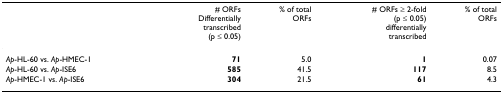
<table><thead><tr><td></td><td><b># ORFsDifferentially transcribed(p ≤ 0.05)</b></td><td><b>% of total ORFs</b></td><td><b># ORFs ≥ 2-fold(p ≤ 0.05)differentiallytranscribed</b></td><td><b>% of total ORFs</b></td></tr></thead><tbody><tr><td><i>Ap</i>-HL-60 vs. <i>Ap</i>-HMEC-1</td><td><b>71</b></td><td>5.0</td><td><b>1</b></td><td>0.07</td></tr><tr><td><i>Ap</i>-HL-60 vs. <i>Ap</i>-ISE6</td><td><b>585</b></td><td>41.5</td><td><b>117</b></td><td>8.5</td></tr><tr><td><i>Ap</i>-HMEC-1 vs. <i>Ap</i>-ISE6</td><td><b>304</b></td><td>21.5</td><td><b>61</b></td><td>4.3</td></tr></tbody></table>